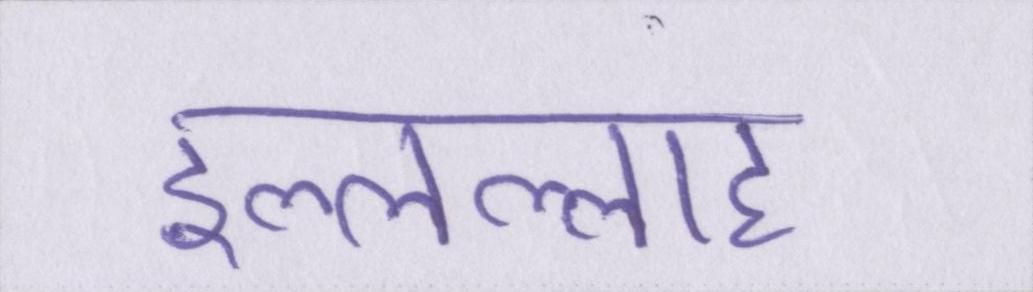
इल्लल्लाह